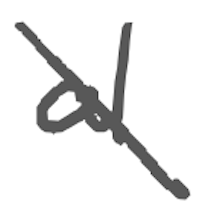
Text: al
Cross-out: diagonal
Writing tool: digital_gray